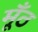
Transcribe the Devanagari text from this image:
मूँठ